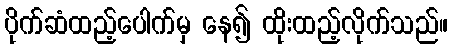
ပိုက်ဆံထည့်ပေါက်မှ နေ၍ ထိုးထည့်လိုက်သည်။